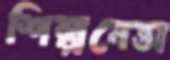
শিল্পবেত্তা